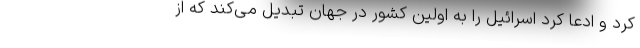
کرد و ادعا کرد اسرائیل را به اولین کشور در جهان تبدیل می‌کند که از